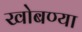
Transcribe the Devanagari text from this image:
खोबण्या